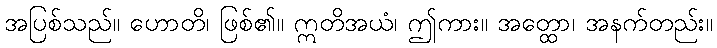
အပြစ်သည်။ ဟောတိ၊ ဖြစ်၏။ ဣတိအယံ၊ ဤကား။ အတ္ထော၊ အနက်တည်း။